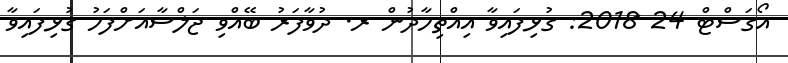
އޯގަސްޓް 24 2018: ގުޅިފައިވާ އިއްތިހާދުން ރ. ދުވާފަރު ބޭއްވި ޖަލްސާއަށްފަހު ގުޅިފައިވާ